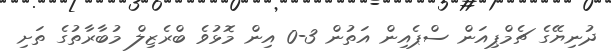
ދުނިޔޭގެ ޗެމްޕިއަން ސްޕެއިން އަތުން 3-0 އިން މޮޅުވެ ބްރެޒިލް މުބާރާތުގެ ތަށި